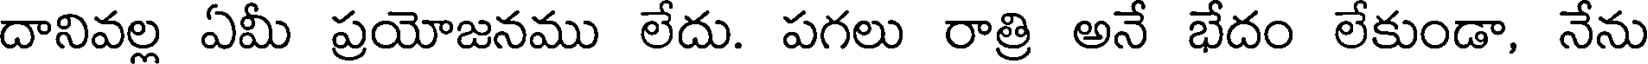
దానివల్ల ఏమీ ప్రయోజనము లేదు. పగలు రాత్రి అనే భేదం లేకుండా, నేను